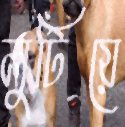
লুটিয়ে